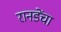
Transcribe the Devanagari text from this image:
रानडेंचा